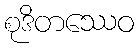
စုဒိတဿေဝ